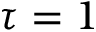
\tau = 1